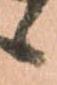
候